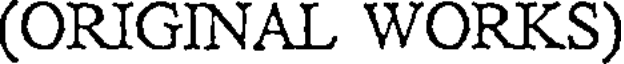
(ORIGINAL WORKS)